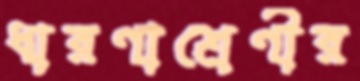
ধারণাশ্রেণীর